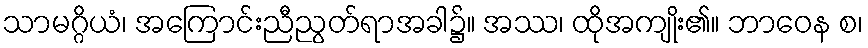
သာမဂ္ဂိယံ၊ အကြောင်းညီညွတ်ရာအခါ၌။ အဿ၊ ထိုအကျိုး၏။ ဘာဝေန စ၊